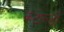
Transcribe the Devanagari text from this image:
केटाल्डी